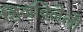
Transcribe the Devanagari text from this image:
शिजविलेली